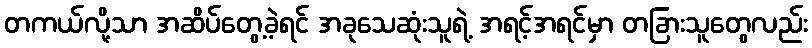
တကယ်လို့သာ အဆိပ်တွေ့ခဲ့ရင် အခုသေဆုံးသူရဲ့ အရင့်အရင်မှာ တခြားသူတွေလည်း